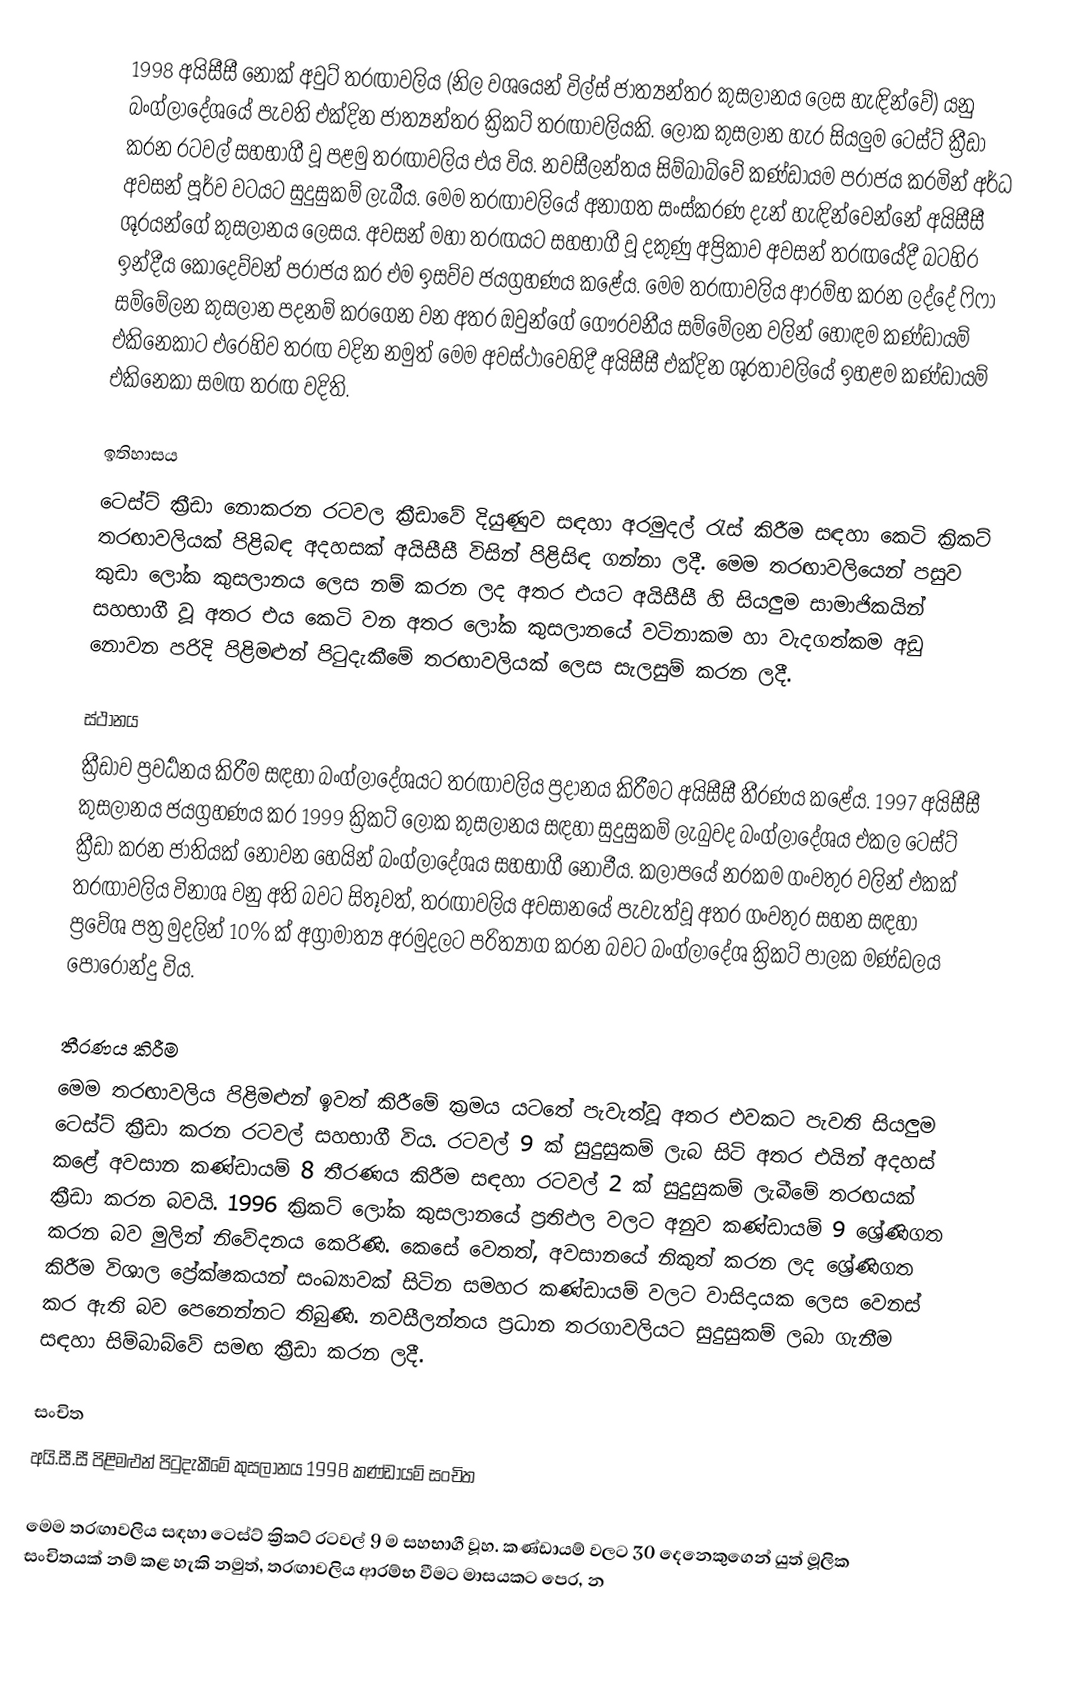
1998 අයිසීසී නොක් අවුට් තරඟාවලිය (නිල වශයෙන් විල්ස් ජාත්‍යන්තර කුසලානය ලෙස හැඳින්වේ) යනු බංග්ලාදේශයේ පැවති එක්දින ජාත්‍යන්තර ක්‍රිකට් තරඟාවලියකි. ලෝක කුසලාන හැර සියලුම ටෙස්ට් ක්‍රීඩා කරන රටවල් සහභාගී වූ පළමු තරඟාවලිය එය විය. නවසීලන්තය සිම්බාබ්වේ කණ්ඩායම පරාජය කරමින් අර්ධ අවසන් පූර්ව වටයට සුදුසුකම් ලැබීය. මෙම තරඟාවලියේ අනාගත සංස්කරණ දැන් හැඳින්වෙන්නේ අයිසීසී ශූරයන්ගේ කුසලානය ලෙසය. අවසන් මහා තරඟයට සහභාගී වූ දකුණු අප්‍රිකාව අවසන් තරඟයේදී බටහිර ඉන්දීය කොදෙව්වන් පරාජය කර එම ඉසව්ව ජයග්‍රහණය කළේය. මෙම තරඟාවලිය ආරම්භ කරන ලද්දේ ෆිෆා සම්මේලන කුසලාන පදනම් කරගෙන වන අතර ඔවුන්ගේ ගෞරවනීය සම්මේලන වලින් හොඳම කණ්ඩායම් එකිනෙකාට එරෙහිව තරඟ වදින නමුත් මෙම අවස්ථාවෙහිදී අයිසීසී එක්දින ශූරතාවලියේ ඉහළම කණ්ඩායම් එකිනෙකා සමඟ තරඟ වදිති.

ඉතිහාසය
ටෙස්ට් ක්‍රීඩා නොකරන රටවල ක්‍රීඩාවේ දියුණුව සඳහා අරමුදල් රැස් කිරීම සඳහා කෙටි ක්‍රිකට් තරඟාවලියක් පිළිබඳ අදහසක් අයිසීසී විසින් පිළිසිඳ ගන්නා ලදී. මෙම තරඟාවලියෙන් පසුව කුඩා ලෝක කුසලානය ලෙස නම් කරන ලද අතර එයට අයිසීසී හි සියලුම සාමාජිකයින් සහභාගී වූ අතර එය කෙටි වන අතර ලෝක කුසලානයේ වටිනාකම හා වැදගත්කම අඩු නොවන පරිදි පිළිමළුන් පිටුදැකීමේ තරඟාවලියක් ලෙස සැලසුම් කරන ලදී.

ස්ථානය
ක්‍රීඩාව ප්‍රවර්‍ධනය කිරීම සඳහා බංග්ලාදේශයට තරඟාවලිය ප්‍රදානය කිරීමට අයිසීසී තීරණය කළේය. 1997 අයිසීසී කුසලානය ජයග්‍රහණය කර 1999 ක්‍රිකට් ලෝක කුසලානය සඳහා සුදුසුකම් ලැබුවද බංග්ලාදේශය එකල ටෙස්ට් ක්‍රීඩා කරන ජාතියක් නොවන හෙයින් බංග්ලාදේශය සහභාගී නොවීය. කලාපයේ නරකම ගංවතුර වලින් එකක් තරඟාවලිය විනාශ වනු අති බවට සිතූවත්, තරඟාවලිය අවසානයේ පැවැත්වූ අතර ගංවතුර සහන සඳහා ප්‍රවේශ පත්‍ර මුදලින් 10% ක් අග්‍රාමාත්‍ය අරමුදලට පරිත්‍යාග කරන බවට බංග්ලාදේශ ක්‍රිකට් පාලක මණ්ඩලය පොරොන්දු විය.

තීරණය කිරීම
මෙම තරඟාවලිය පිළිමළුන් ඉවත් කිරීමේ ක්‍රමය යටතේ පැවැත්වූ අතර එවකට පැවති සියලුම ටෙස්ට් ක්‍රීඩා කරන රටවල් සහභාගී විය. රටවල් 9 ක් සුදුසුකම් ලැබ සිටි අතර එයින් අදහස් කළේ අවසාන කණ්ඩායම් 8 තීරණය කිරීම සඳහා රටවල් 2 ක් සුදුසුකම් ලැබීමේ තරඟයක් ක්‍රීඩා කරන බවයි. 1996 ක්‍රිකට් ලෝක කුසලානයේ ප්‍රතිඵල වලට අනුව කණ්ඩායම් 9 ශ්‍රේණිගත කරන බව මුලින් නිවේදනය කෙරිණි. කෙසේ වෙතත්, අවසානයේ නිකුත් කරන ලද ශ්‍රේණිගත කිරීම විශාල ප්‍රේක්ෂකයන් සංඛ්‍යාවක් සිටින සමහර කණ්ඩායම් වලට වාසිදායක ලෙස වෙනස් කර ඇති බව පෙනෙන්නට තිබුණි. නවසීලන්තය ප්‍රධාන තරගාවලියට සුදුසුකම් ලබා ගැනීම සඳහා සිම්බාබ්වේ සමඟ ක්‍රීඩා කරන ලදී.

සංචිත
අයි.සී.සී පිළිමළුන් පිටුදැකීමේ කුසලානය 1998 කණ්ඩායම් සංචිත

මෙම තරඟාවලිය සඳහා ටෙස්ට් ක්‍රිකට් රටවල් 9 ම සහභාගී වූහ. කණ්ඩායම් වලට 30 දෙනෙකුගෙන් යුත් මූලික සංචිතයක් නම් කළ හැකි නමුත්, තරඟාවලිය ආරම්භ වීමට මාසයකට පෙර, න